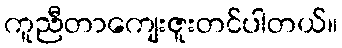
ကူညီတာကျေးဇူးတင်ပါတယ်။